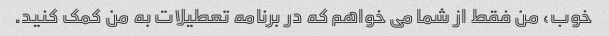
خوب، من فقط از شما می خواهم که در برنامه تعطیلات به من کمک کنید.